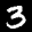
Label: 3